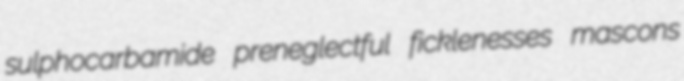
sulphocarbamide preneglectful ficklenesses mascons